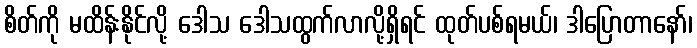
စိတ်ကို မထိန်းနိုင်လို့ ဒေါသ ဒေါသထွက်လာလို့ရှိရင် ထုတ်ပစ်ရမယ်၊ ဒါပြောတာနော်၊